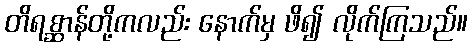
တိရစ္ဆာန်တို့ကလည်း နောက်မှ ဖိ၍ လိုက်ကြသည်။